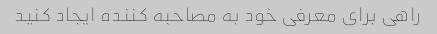
راهی برای معرفی خود به مصاحبه کننده ایجاد کنید